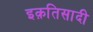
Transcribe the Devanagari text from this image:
इक़तिसादी